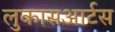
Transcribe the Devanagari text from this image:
लुकासआर्टस